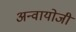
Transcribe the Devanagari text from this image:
अन्वायोजी